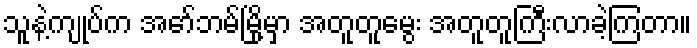
သူနဲ့ကျုပ်က အော်ဘမ်မြို့မှာ အတူတူမွေး အတူတူကြီးလာခဲ့ကြတာ။